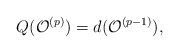
\begin{align*}Q(\mathcal{O}^{(p)})=d(\mathcal{O}^{(p-1)}),\end{align*}